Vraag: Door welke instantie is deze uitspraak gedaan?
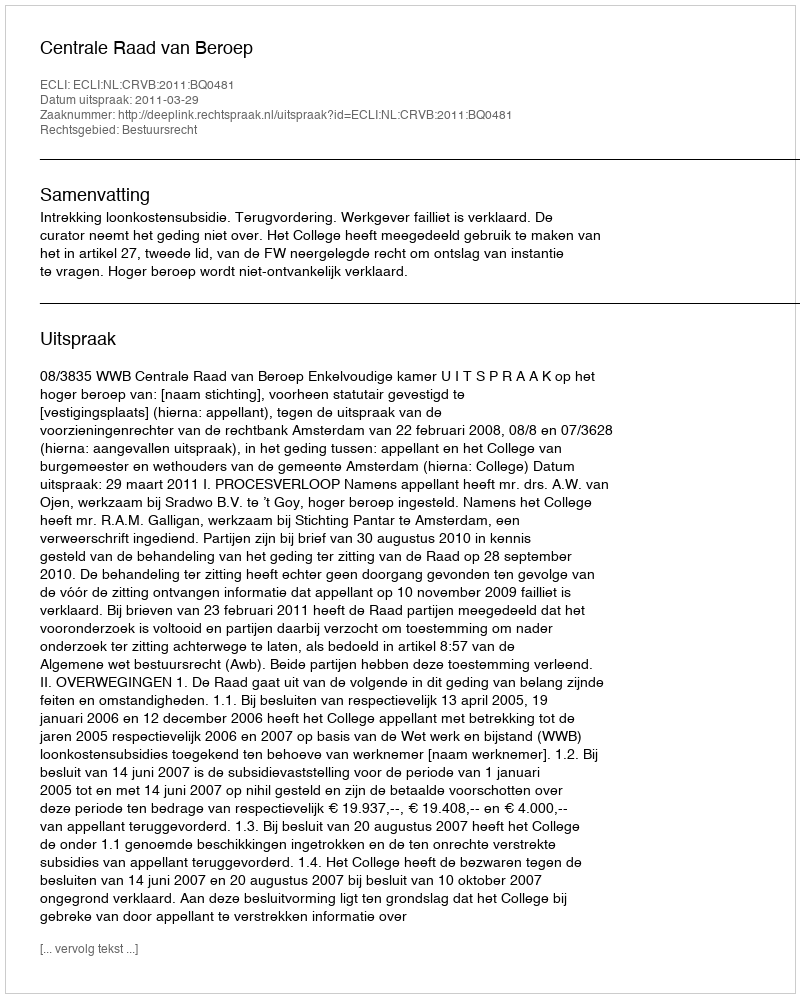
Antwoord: Centrale Raad van Beroep